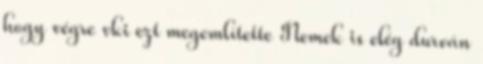
hogy végre vki ezt megemlítette Nemek is elég durván